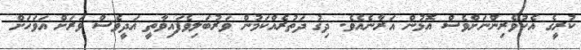
ކުރީގެ އެކުވެރިންނަށްވެސް އޮޅުން އަރާނެއެވެ. ދިގު ދަތުރެއްކަމުން ވަރުބަލިވެފައިވާތީ އަދީވެސް ވަރަށް އަވަހަށް